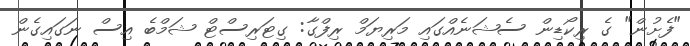
"ފެށުން" ގެ ރިކޯޑިން ސެޝަނެއްގައި މަރިޔަމް ރިފްގާ: ގިޓަރިސްޓް ޝަމްބެ އިސް ނަގައިގެން